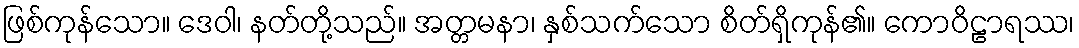
ဖြစ်ကုန်သော။ ဒေဝါ၊ နတ်တို့သည်။ အတ္တမနာ၊ နှစ်သက်သော စိတ်ရှိကုန်၏။ ကောဝိဠာရဿ၊